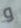
و